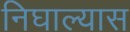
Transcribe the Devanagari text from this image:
निघाल्यास